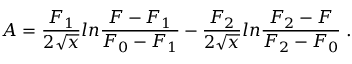
A = \frac { F _ { 1 } } { 2 \sqrt { x } } l n \frac { F - F _ { 1 } } { F _ { 0 } - F _ { 1 } } - \frac { F _ { 2 } } { 2 \sqrt { x } } l n \frac { F _ { 2 } - F } { F _ { 2 } - F _ { 0 } } \; .